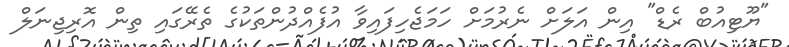
"ޔޫޓިއުބް ރެޑް" އިން އަލަށް ނެރުމަށް ހަމަޖެހިފައިވާ އުފެއްދުންތަކުގެ ތެރޭގައި ތިން އޮރިޖިނަލް